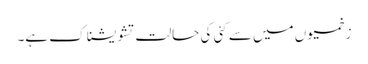
زخمیوں میں سے کئی کی حالت تشویشناک ہے۔